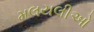
મલયલીઓ